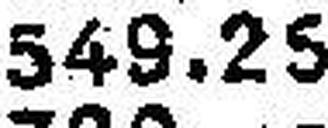
549.25